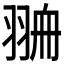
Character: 𦐷